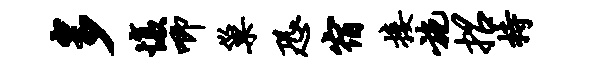
多愎唧巢恐宿接施招持